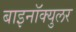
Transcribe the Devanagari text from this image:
बाइनॉक्युलर